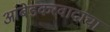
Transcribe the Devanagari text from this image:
आंबेडकरवादाचा